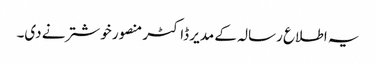
یہ اطلاع رسالہ کے مدیر ڈاکٹر منصور خوشتر نے دی۔